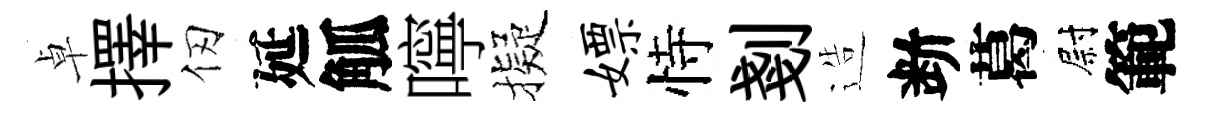
卓擇仞延觚嚀擬嫖恃剗造断葛尉範